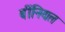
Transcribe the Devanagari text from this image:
बींनियल